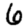
Digit: 6